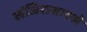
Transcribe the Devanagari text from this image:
खंजिरासारखे